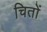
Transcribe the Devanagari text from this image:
चितों